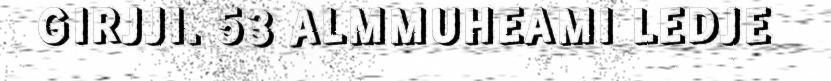
GIRJJI. 53 ALMMUHEAMI LEDJE